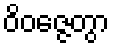
ဝိဝဇ္ဇေတွာ